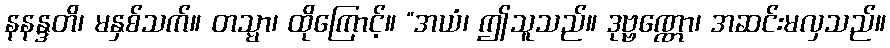
နနန္ဒတိ၊ မနှစ်သက်။ တသ္မာ၊ ထိုကြောင့်။ “အယံ၊ ဤသူသည်။ ဒုဗ္ဗဏ္ဏော၊ အဆင်းမလှသည်။